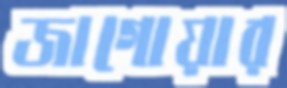
জাগোয়ার